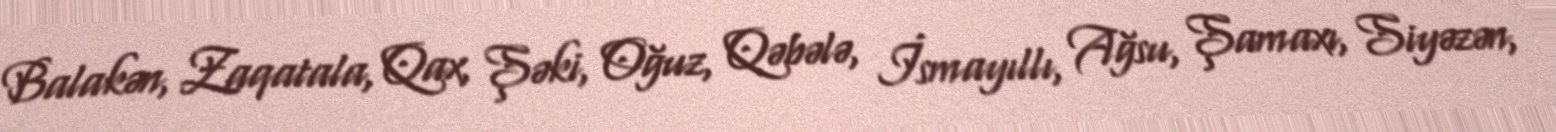
Balakən, Zaqatala, Qax, Şəki, Oğuz, Qəbələ, İsmayıllı, Ağsu, Şamaxı, Siyəzən,